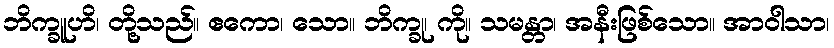
ဘိက္ခူဟိ၊ တို့သည်။ ဧကော၊ သော။ ဘိက္ခု၊ ကို။ သမန္တာ၊ အနီးဖြစ်သော။ အာဝါသာ၊